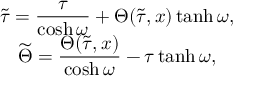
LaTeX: \begin{array} { c } { { \widetilde { \tau } = \displaystyle \frac { \tau } { \cosh \omega } + \Theta ( \widetilde { \tau } , x ) \operatorname { t a n h } \omega , \hfill } } \\ { { \widetilde { \Theta } = \displaystyle \frac { \Theta ( \widetilde { \tau } , x ) } { \cosh \omega } - \tau \operatorname { t a n h } \omega , \hfill } } \end{array}